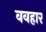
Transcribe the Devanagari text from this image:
ववहार